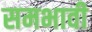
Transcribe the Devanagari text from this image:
समभावी